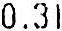
0.31